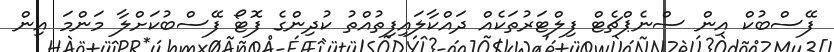
ފޭސްބުކް އިން ސްނެޕްޗެޓް ފިލްޓަރުތަކެއް ދައްކާލައިފިތުއްތު ކުދިންގެ ފޮޓޯ ފޭސްބުކަށްލާ މަންމަ އިން